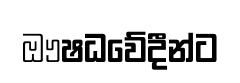
ඖෂධවේදීන්ට